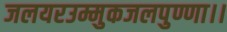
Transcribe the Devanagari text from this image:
जलयरउम्मुकजलपुण्णा।।